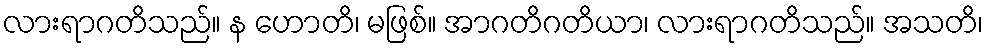
လားရာဂတိသည်။ န ဟောတိ၊ မဖြစ်။ အာဂတိဂတိယာ၊ လားရာဂတိသည်။ အသတိ၊